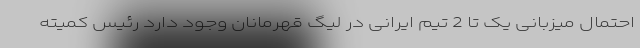
احتمال میزبانی یک تا 2 تیم ایرانی در لیگ قهرمانان وجود دارد رئیس کمیته